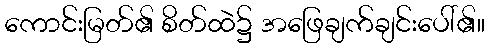
ကောင်းမြတ်၏ စိတ်ထဲ၌ အဖြေချက်ချင်းပေါ်၏။